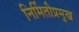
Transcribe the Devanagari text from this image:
निर्मितीप्रमुख